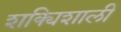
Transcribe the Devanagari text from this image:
शक्यिशाली